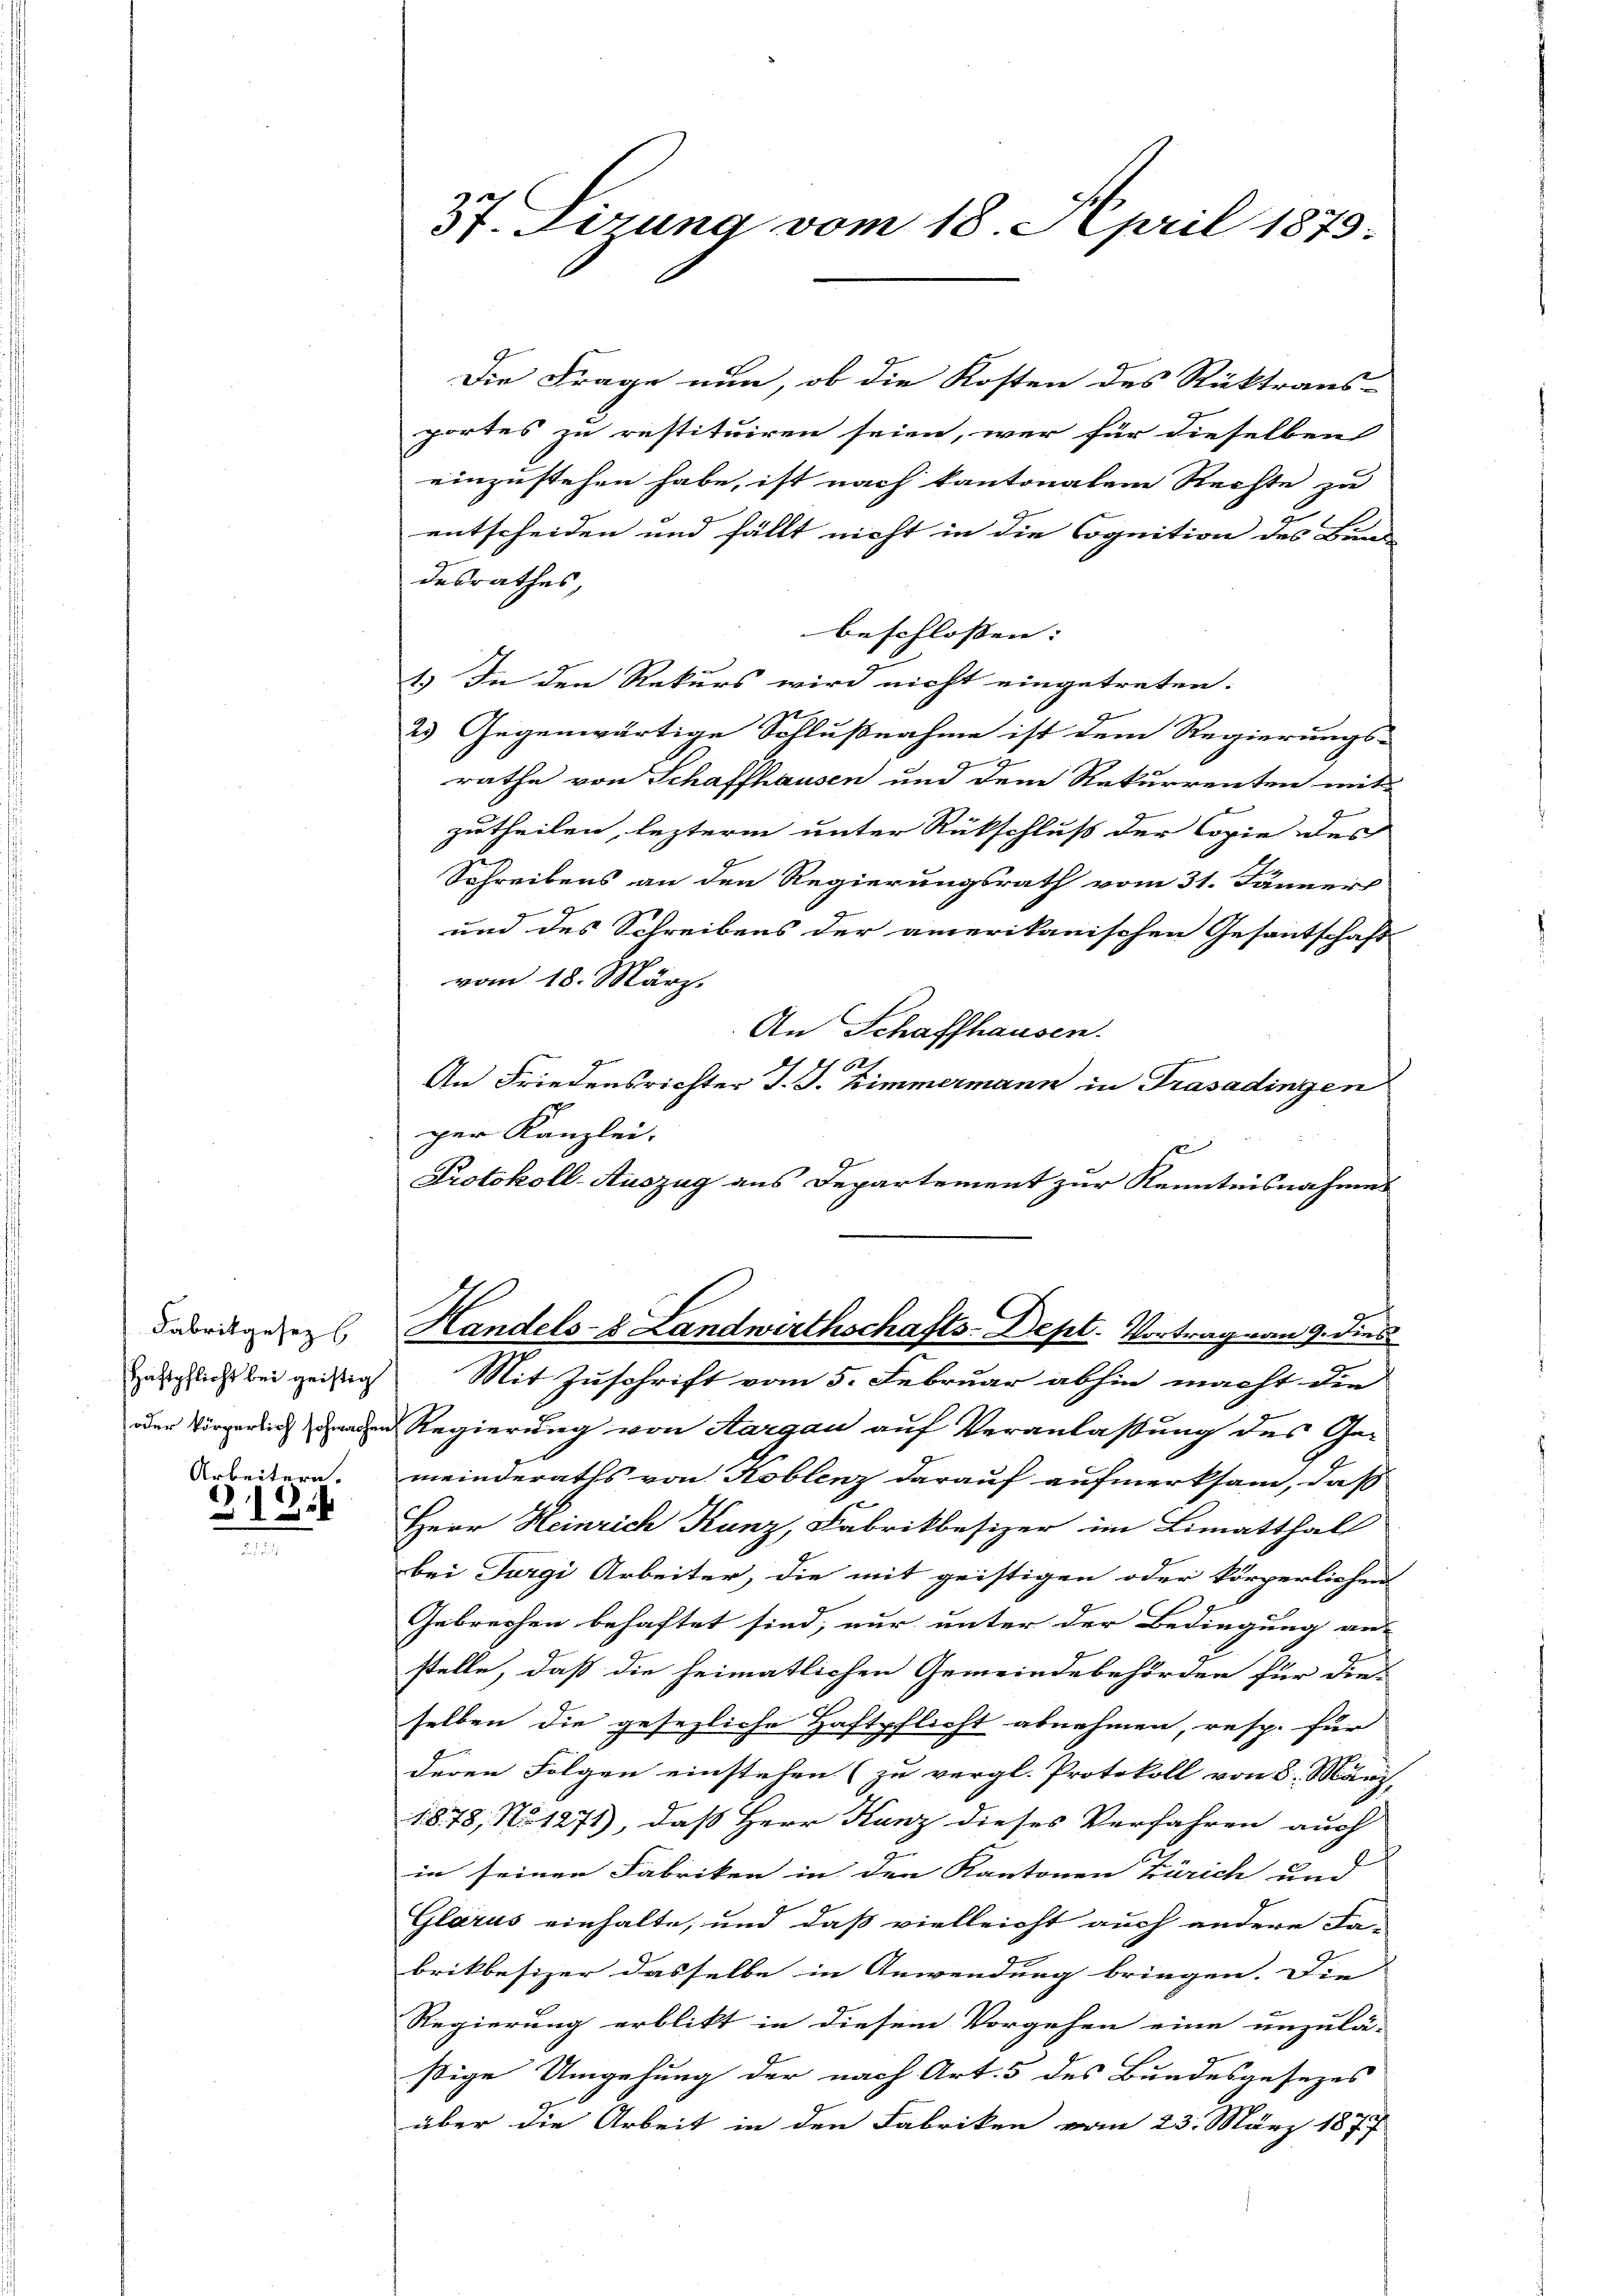
Fabrikgesez
Haftpflicht bei geistig
Arbeitern.

2

St. Sitzung vom 18. April 1873:

Die Frage nun, ob die Kosten des Rücktrans-
portes zu restituiren seien, wer für dieselben
einzustehen habe, ist nach kantonalem Rechte zu
entscheiden und fällt nicht in die Cognition des Bunde
desrathes,
beschlossen: |
1.) In den Rekurs wird nicht eingetreten.
2.) Gegenwärtige Schlußnahme ist dem Regierungs-
rathe von Schaffhausen und dem Rekurrenten mit
1
zutheilen, lezterm unter Rückschluß der Copie des
Schreibens an den Regierungsrath vom 31. Jänners
und des Schreibens der amerikanischen Gesantschaft
vom 18. März.
An Schaffhausen.
I 62.
An Friedensrichter J. J. Zimmermann in Trasadingen
per Kanzlei.
Protokoll-Auszug aus Departement zur Kenntnisnahmes
Handels-8 Landwirthschafts-Dept. Vortrag vom 9. dies
Mit Zuschrift vom 5. Februar abhin macht die
oder Vorgerlich denen Regierung von Aargau auf Veranlassung des Ge-
meinderaths von Koblenz darauf aufmerksam, daß
Herr Heinrich Kunz, Fabrikbesizer im Limatthal
bei Jurgi Arbeiter, die mit geistigen oder körperlichen
Gebrechen behaftet sind, nur unter der Bedingung an-
stelle, daß die heimatlichen Gemeindebehörden für die-
selben die gesezliche Haftpflicht abnehmen, resp. für
deren Folgen einstehen (zu vergl. Protokoll von 8. März,
1878, No 1271), daß Herr Kanz dieses Verfahren auch
in seinen Fabriken in den Kantonen Zürich und |
Glarus einhalte, und daß vielleicht auch andere Fa-
brikbesizer dasselbe in Anwendung bringen. Die
Regierung erblikt in diesem Vorgehen eine unzulä- |
ßige Umgehung der nach Art. 5 des Bundesgesezes
über die Arbeit in den Fabriken vom 23. März 1877